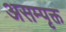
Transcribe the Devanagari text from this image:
असम्पृक्त